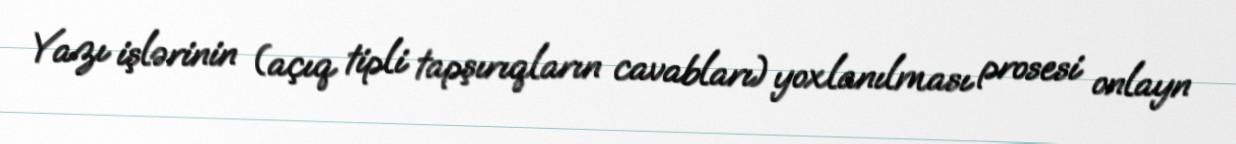
Yazı işlərinin (açıq tipli tapşırıqların cavabları) yoxlanılması prosesi onlayn